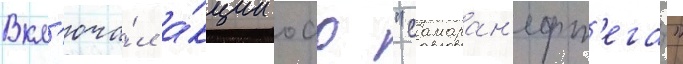
Вкл'юча́л а́кции оао "самаран'ефт'егаз"